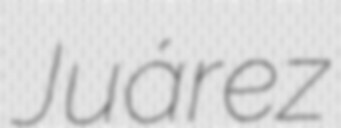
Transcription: Juárez